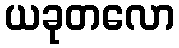
ယခုတလော